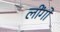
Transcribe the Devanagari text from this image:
लींगो